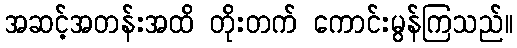
အဆင့်အတန်းအထိ တိုးတက် ကောင်းမွန်ကြသည်။